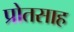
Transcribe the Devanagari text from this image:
प्रोतसाह